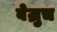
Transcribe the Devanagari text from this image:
बेज्रुच